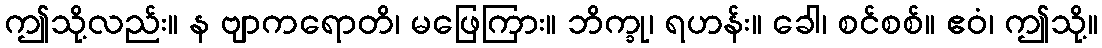
ဤသို့လည်း။ န ဗျာကရောတိ၊ မဖြေကြား။ ဘိက္ခု၊ ရဟန်း။ ခေါ၊ စင်စစ်။ ဧဝံ၊ ဤသို့။